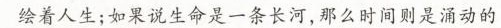
人生；如果说生命是一张白纸，那么时间则是一把颜料，描